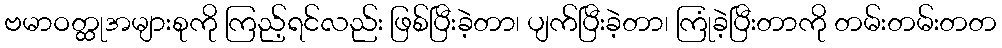
ဗမာဝတ္ထုအများစုကို ကြည့်ရင်လည်း ဖြစ်ပြီးခဲ့တာ၊ ပျက်ပြီးခဲ့တာ၊ ကြုံခဲ့ပြီးတာကို တမ်းတမ်းတတ